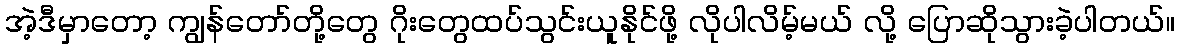
အဲ့ဒီမှာတော့ ကျွန်တော်တို့တွေ ဂိုးတွေထပ်သွင်းယူနိုင်ဖို့ လိုပါလိမ့်မယ် လို့ ပြောဆိုသွားခဲ့ပါတယ်။